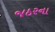
જઠરના